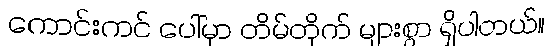
ကောင်းကင် ပေါ်မှာ တိမ်တိုက် များစွာ ရှိပါတယ်။